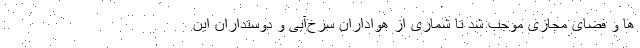
ها و فضای مجازی موجب شد تا شماری از هواداران سرخ‌آبی و دوستداران این